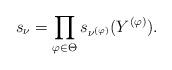
LaTeX: \begin{align*} s_\nu = \prod_{\varphi \in \Theta}s_{\nu^{(\varphi)}}(Y^{(\varphi)}).\end{align*}